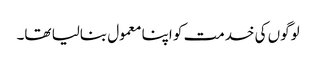
لوگوں کی خدمت کو اپنا معمول بنالیا تھا۔